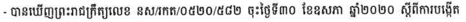
- បានឃើញព្រះរាជក្រឹត្យលេខ នស/រកត/០៥២០/៥៨២ ចុះថ្ងៃទី៣០ ខែឧសភា ឆ្នាំ២០២០ ស្តីពីការបង្កើត